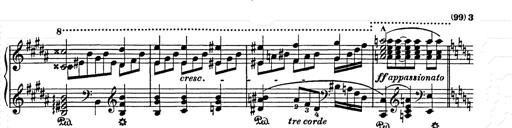
Title: Elegy No.1
Composer: Franz Liszt
Key: A-flat major